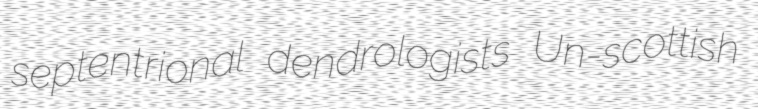
septentrional dendrologists Un-scottish